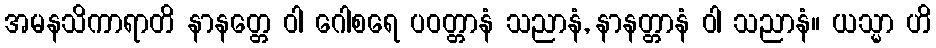
အမနသိကာရာတိ နာနတ္တေ ဝါ ဂေါစရေ ပဝတ္တာနံ သညာနံ, နာနတ္တာနံ ဝါ သညာနံ။ ယသ္မာ ဟိ